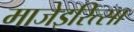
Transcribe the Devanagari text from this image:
माजेइरित्सा